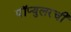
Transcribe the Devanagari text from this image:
पॉप्युलरची